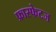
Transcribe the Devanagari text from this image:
फ्रास्फेटज